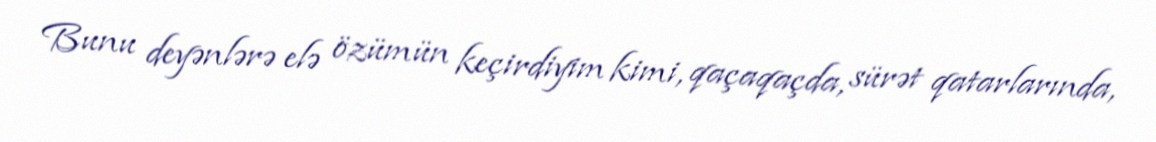
Bunu deyənlərə elə özümün keçirdiyim kimi, qaçaqaçda, sürət qatarlarında,